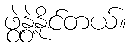
ဖွဲ့နွဲ့နိုင်တယ်။